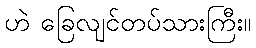
ဟဲ ခြေလျင်တပ်သားကြီး။